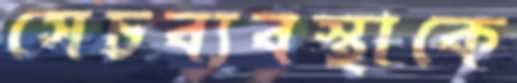
সেচব্যবস্থাকে